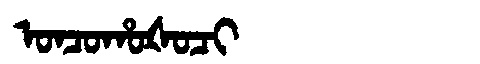
Manchu: ᠣᠨᠴᠣᡥᠣᡧᠣᠴᡳ
Romanization: ONCOHOŠOCI